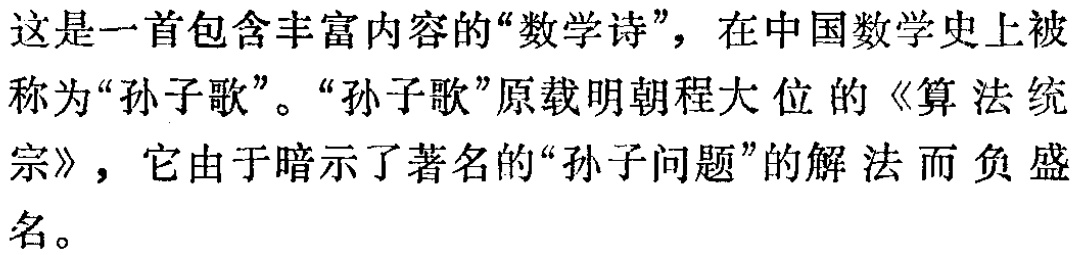
这是一首包含丰富内容的“数学诗”，在中国数学史上被称为“孙子歌”。“孙子歌”原载明朝程大位的《算法统宗》，它由于暗示了著名的“孙子问题”的解法而负盛名。